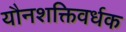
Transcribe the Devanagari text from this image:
यौनशक्तिवर्धक